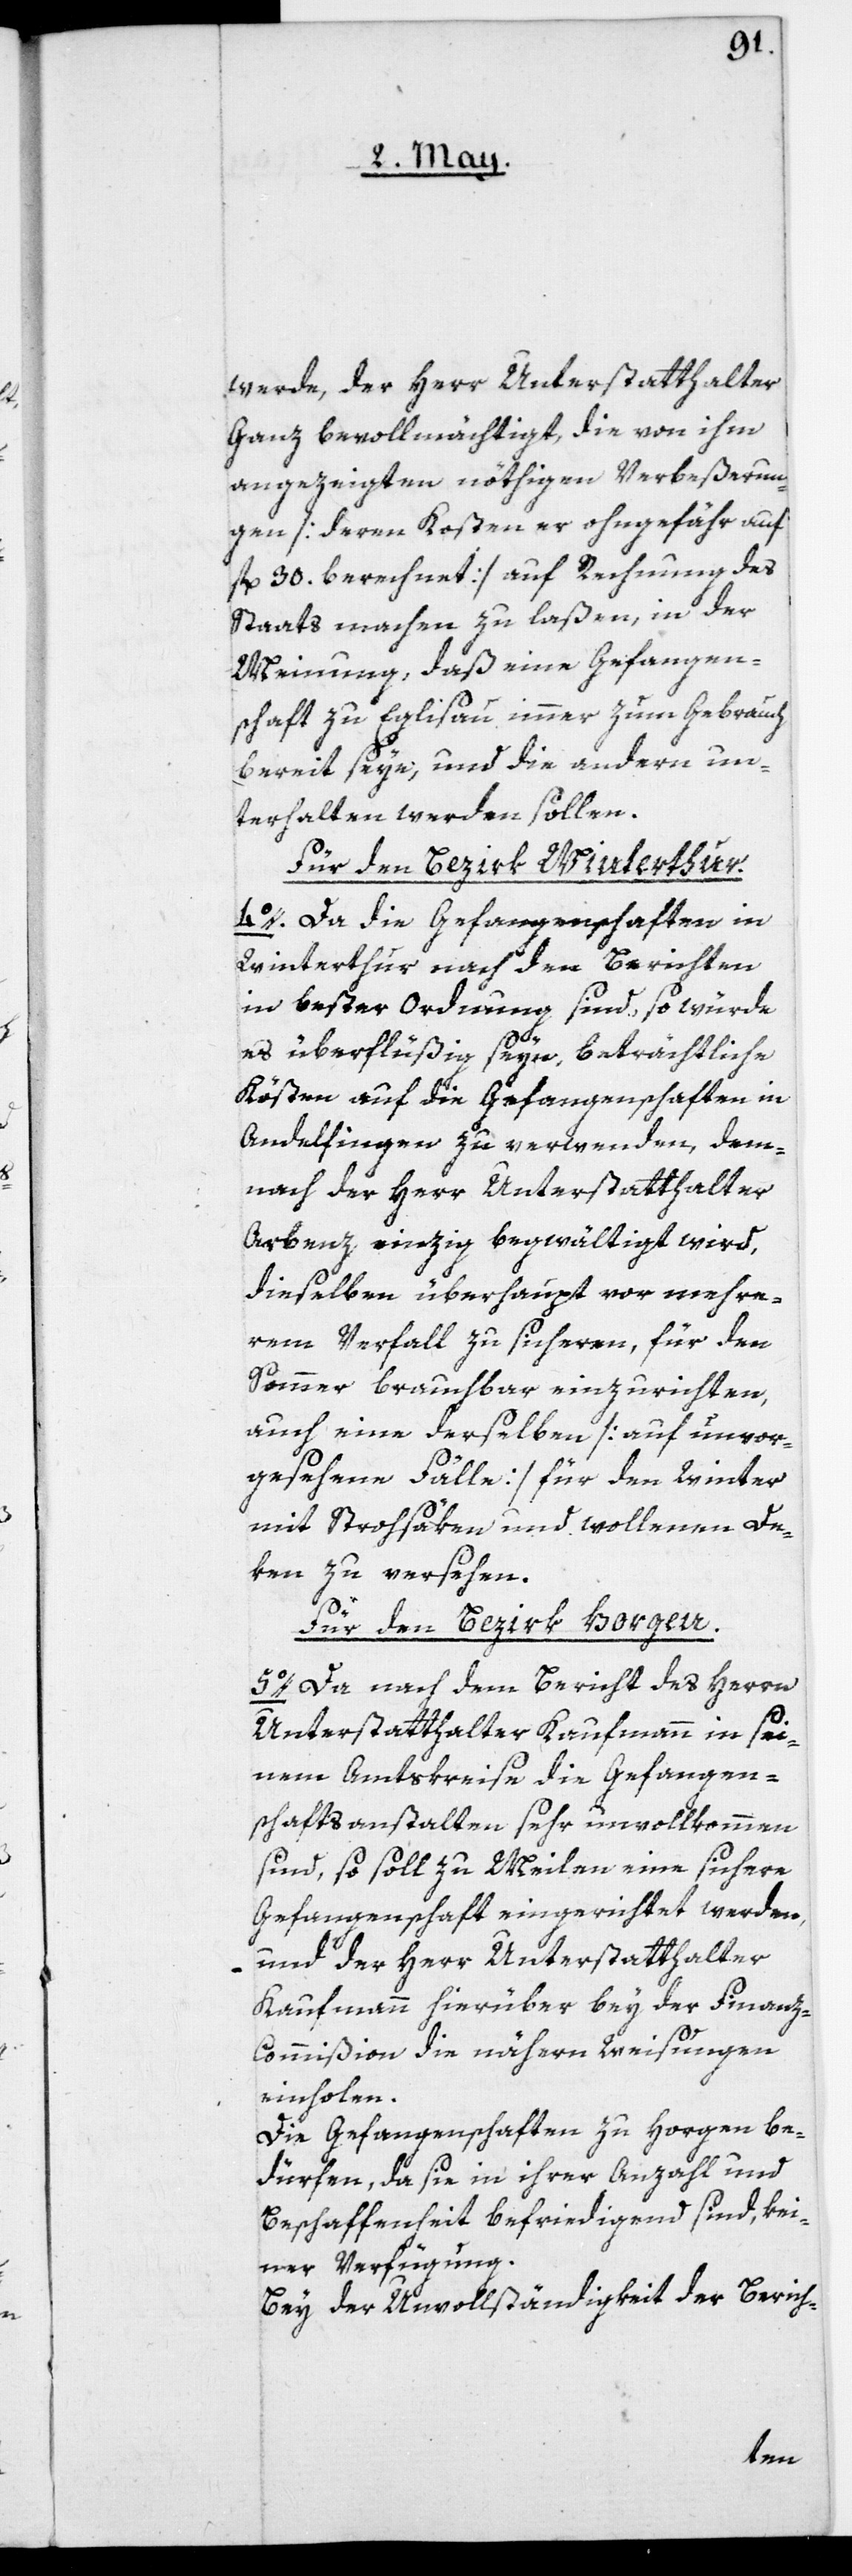
werde, der Herr Unterstatthalter
Ganz bevollmächtigt, die von ihm
angezeigten nöthigen Verbeßerun¬
gen [deren Kosten er ohngefähr auf
fl. 30. berechnet] auf Rechnung des
Staats machen zu laßen, in der
Meinung, daß eine Gefangen¬
schaft zu Eglisau immer zum Gebrauch
bereit seye, und die andern un¬
terhalten werden sollen.
Für den Bezirk Winterthur:
4o. Da die Gefangenschaften in
Winterthur nach den Berichten
in bester Ordnung sind, so würde
es überflüßig seyn, beträchtliche
Kösten auf die Gefangenschaften in
Andelfingen zu verwenden, dem¬
nach der Herr Unterstatthalter
Arbenz einzig begwältigt wird,
dieselben überhaupt vor mehre¬
rem Verfall zu sicheren, für den
Sommer brauchbar einzurichten,
auch eine derselben [auf unvor¬
gesehene Fälle] für den Winter
mit Strohsäken und wollenen De¬
ken zu versehen.
Für den Bezirk Horgen:
5o. Da nach dem Bericht des Herrn
Unterstatthalter Kaufmann in sei¬
nem Amtskreise die Gefangen¬
schaftsanstalten sehr unvollkommen
sind, so soll zu Meilen eine sichere
Gefangenschaft eingerichtet werden,
und der Herr Unterstatthalter
Kaufmann hierüber bey der Finan¬
z-Commißion die nähern Weisungen
einholen.
Die Gefangenschaften zu Horgen be¬
dürfen, da sie in ihrer Anzahl und
Beschaffenheit befriedigend sind, kei¬
ner Verfügung.
Bey der Unvollständigkeit der Berich-